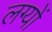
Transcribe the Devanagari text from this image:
लग्यों